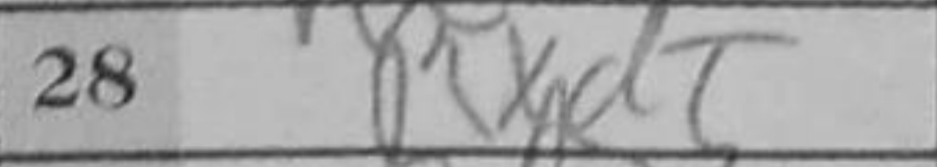
Transcription: Rxd5